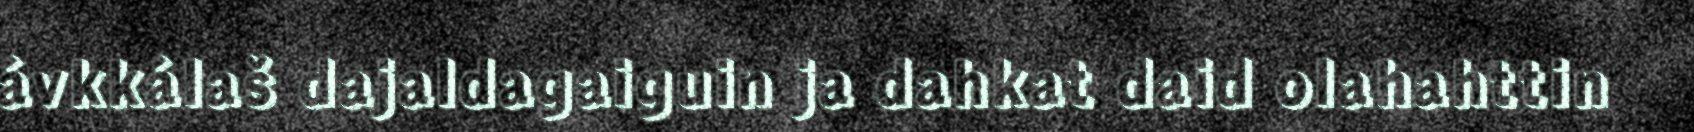
ávkkálaš dajaldagaiguin ja dahkat daid olahahttin